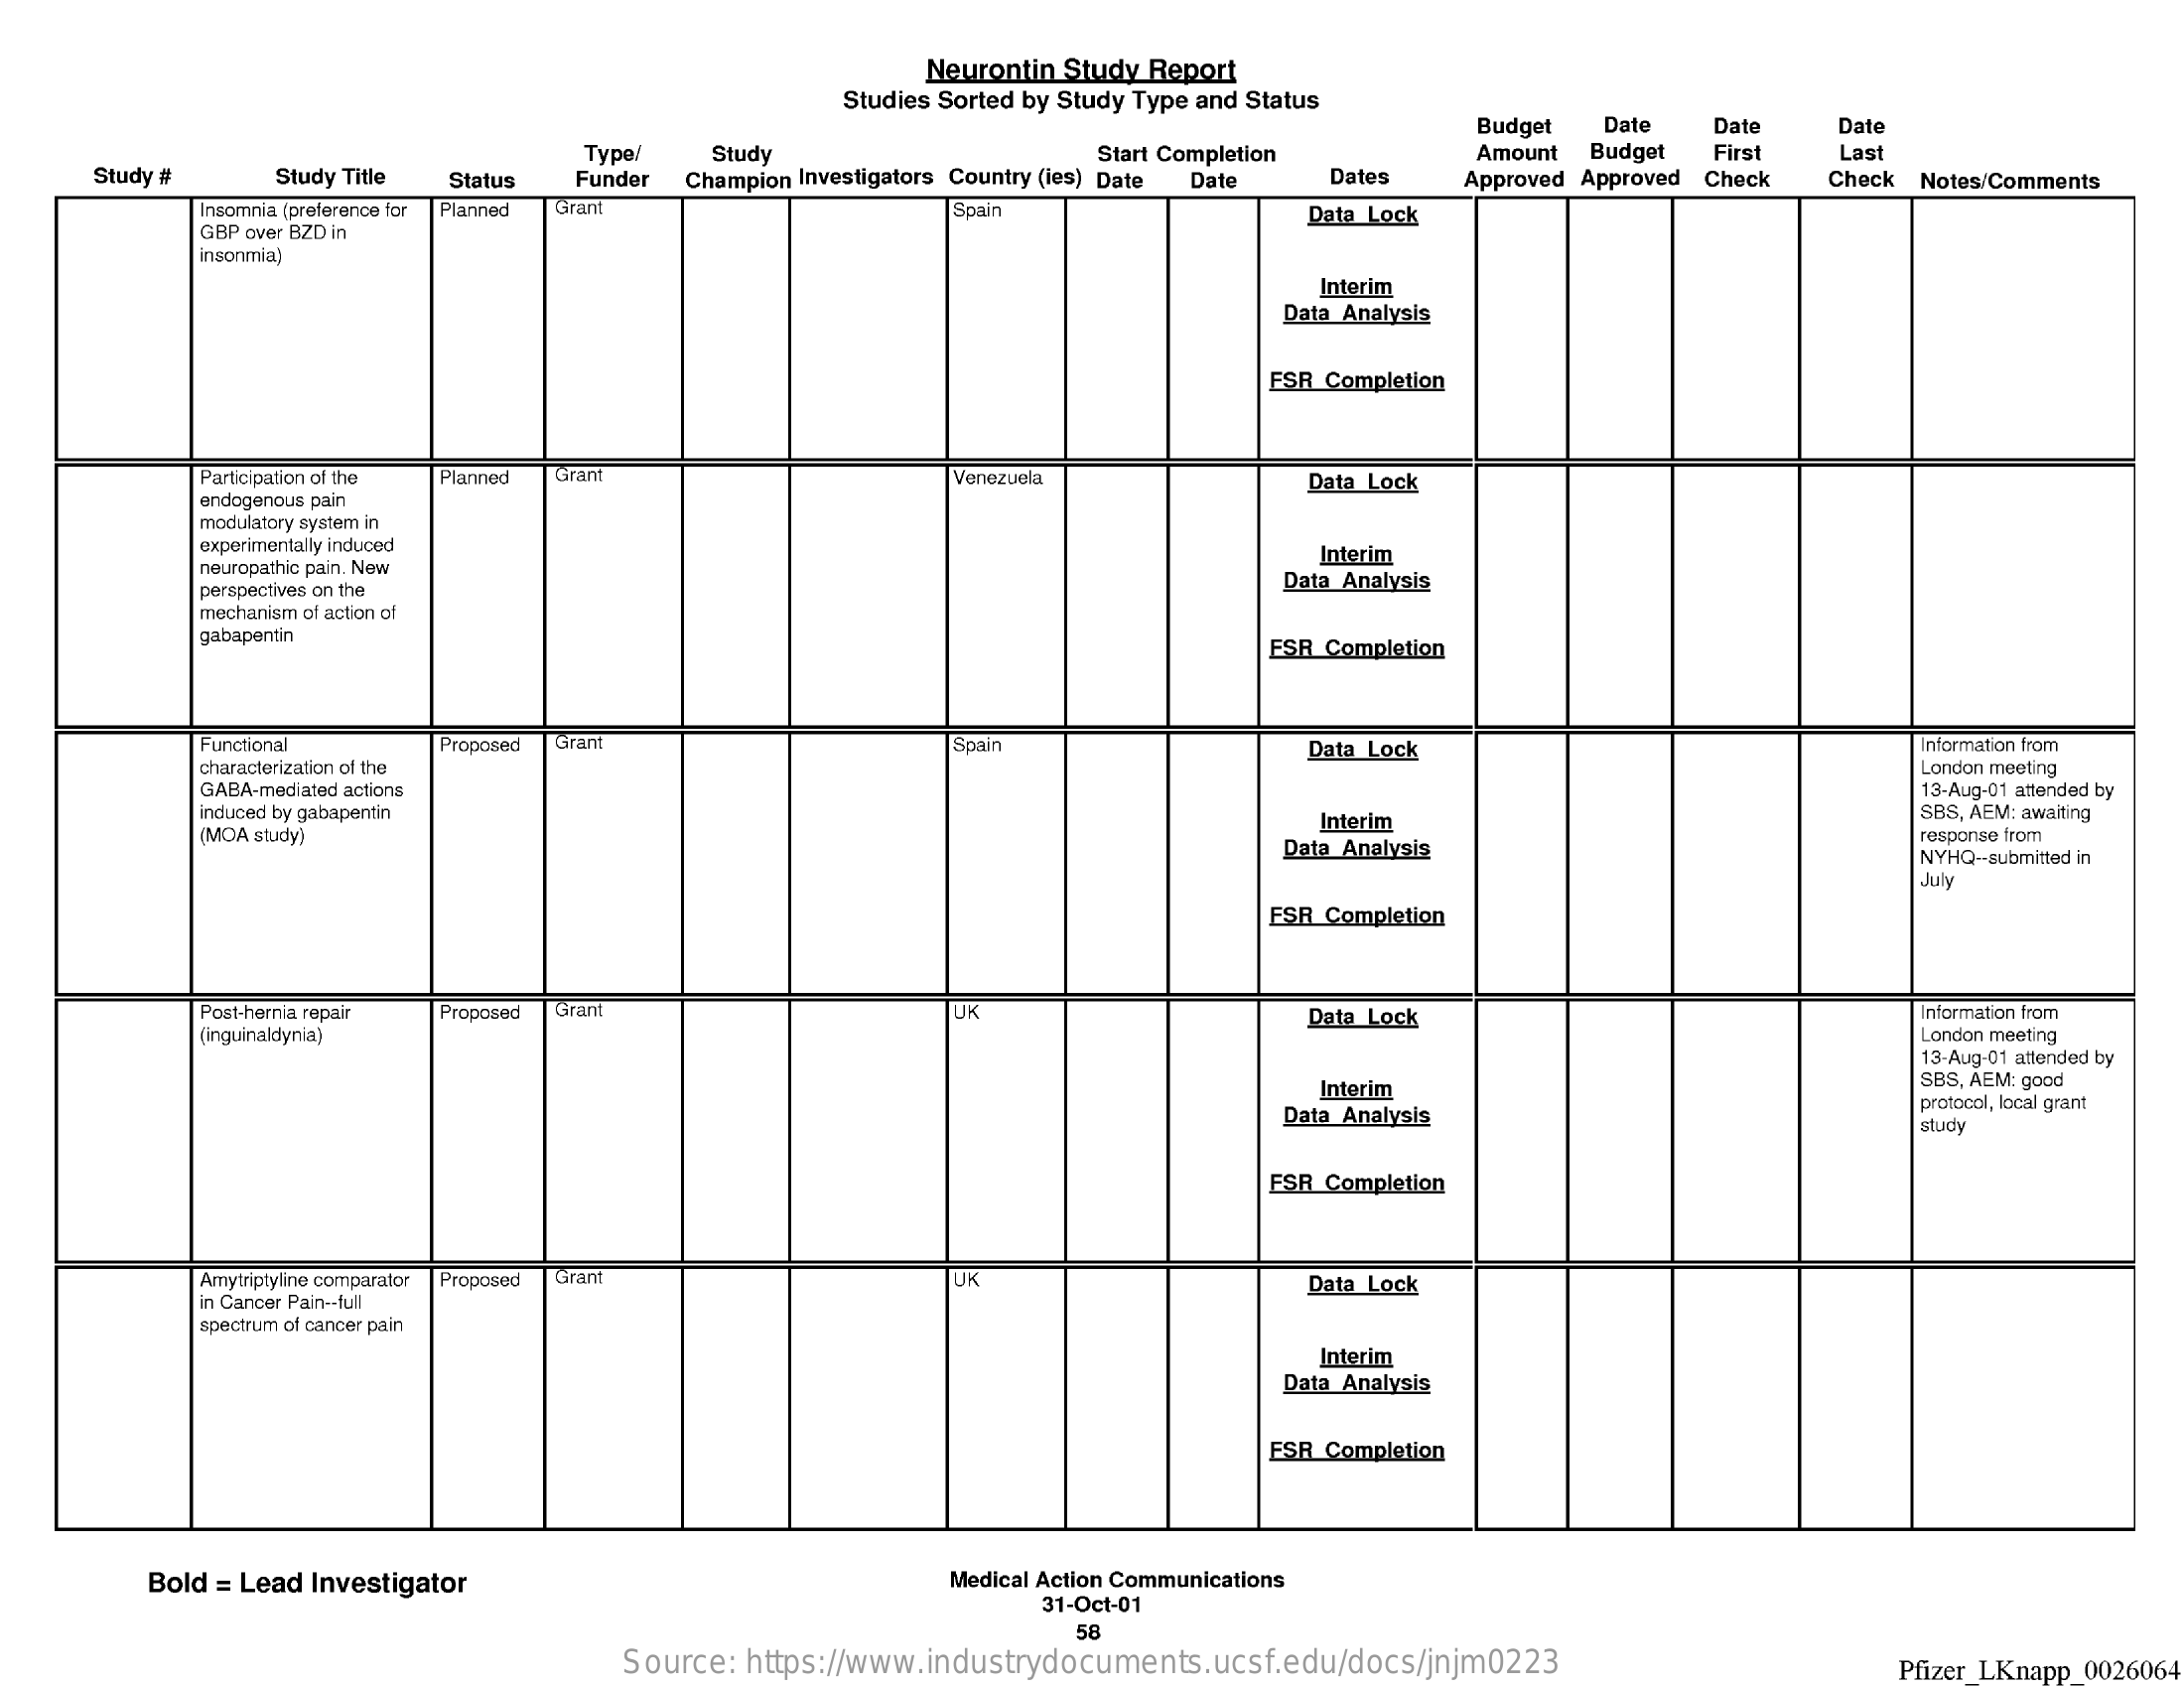
Neurontin Study Report
     Studies Sorted by Study Type and Status
     Budget Date Date   Date
     Study #
     Type/  Study    Amount Budget First Last
     Study Title Status Funder Champion Investigators Country (les) Date
     Start Completion
     Date   Dates  Approved Approved Check Check Notes/Comments
     Insomnia (preference for Planned Grant Spain
     GBP over BZD in
     Data Lock
     insonmia)
     Interim
     Data Analysis
     FSR Completion
     Participation of the Planned Grant    Venezuela
     endogenous pain
     Data Lock
     modulatory system in
     experimentally induced
     neuropathic pain. New
     Interim
     perspectives on the    Data Analysis
     mechanism of action of
     gabapentin    ESR Completion
     Functional  Proposed Grant    Spain    Data Lock    Information from
     characterization of the    London meeting
     GABA-mediated actions    13-Aug-01 attended by
     induced by gabapentin    Interim    SBS, AEM: awaiting
     (MOA study)
     Data Analysis
     response from
     NYHQ -- submitted in
     July
     FSR Completion
     Post-hernia repair Proposed Gran    UK
     (inguinaldynia)
     Data Lock    Information from
     London meeting
     13-Aug-01 attended by
     Interim    SBS, AEM: good
     Data Analysis
     protocol, local grant
     study
     FSR Completion
     Amytriptyline comparator Proposed Grant UK
     in Cancer Pain -- full
     Data Lock
     spectrum of cancer pain
     Interim
     Data Analysis
     ESR Completion
     Bold = Lead Investigator    Medical Action Communications
     31-Oct-01
     58
     Source: https://www.industrydocuments.ucsf.edu/docs/jnjm0223    Pfizer_LKnapp_0026064